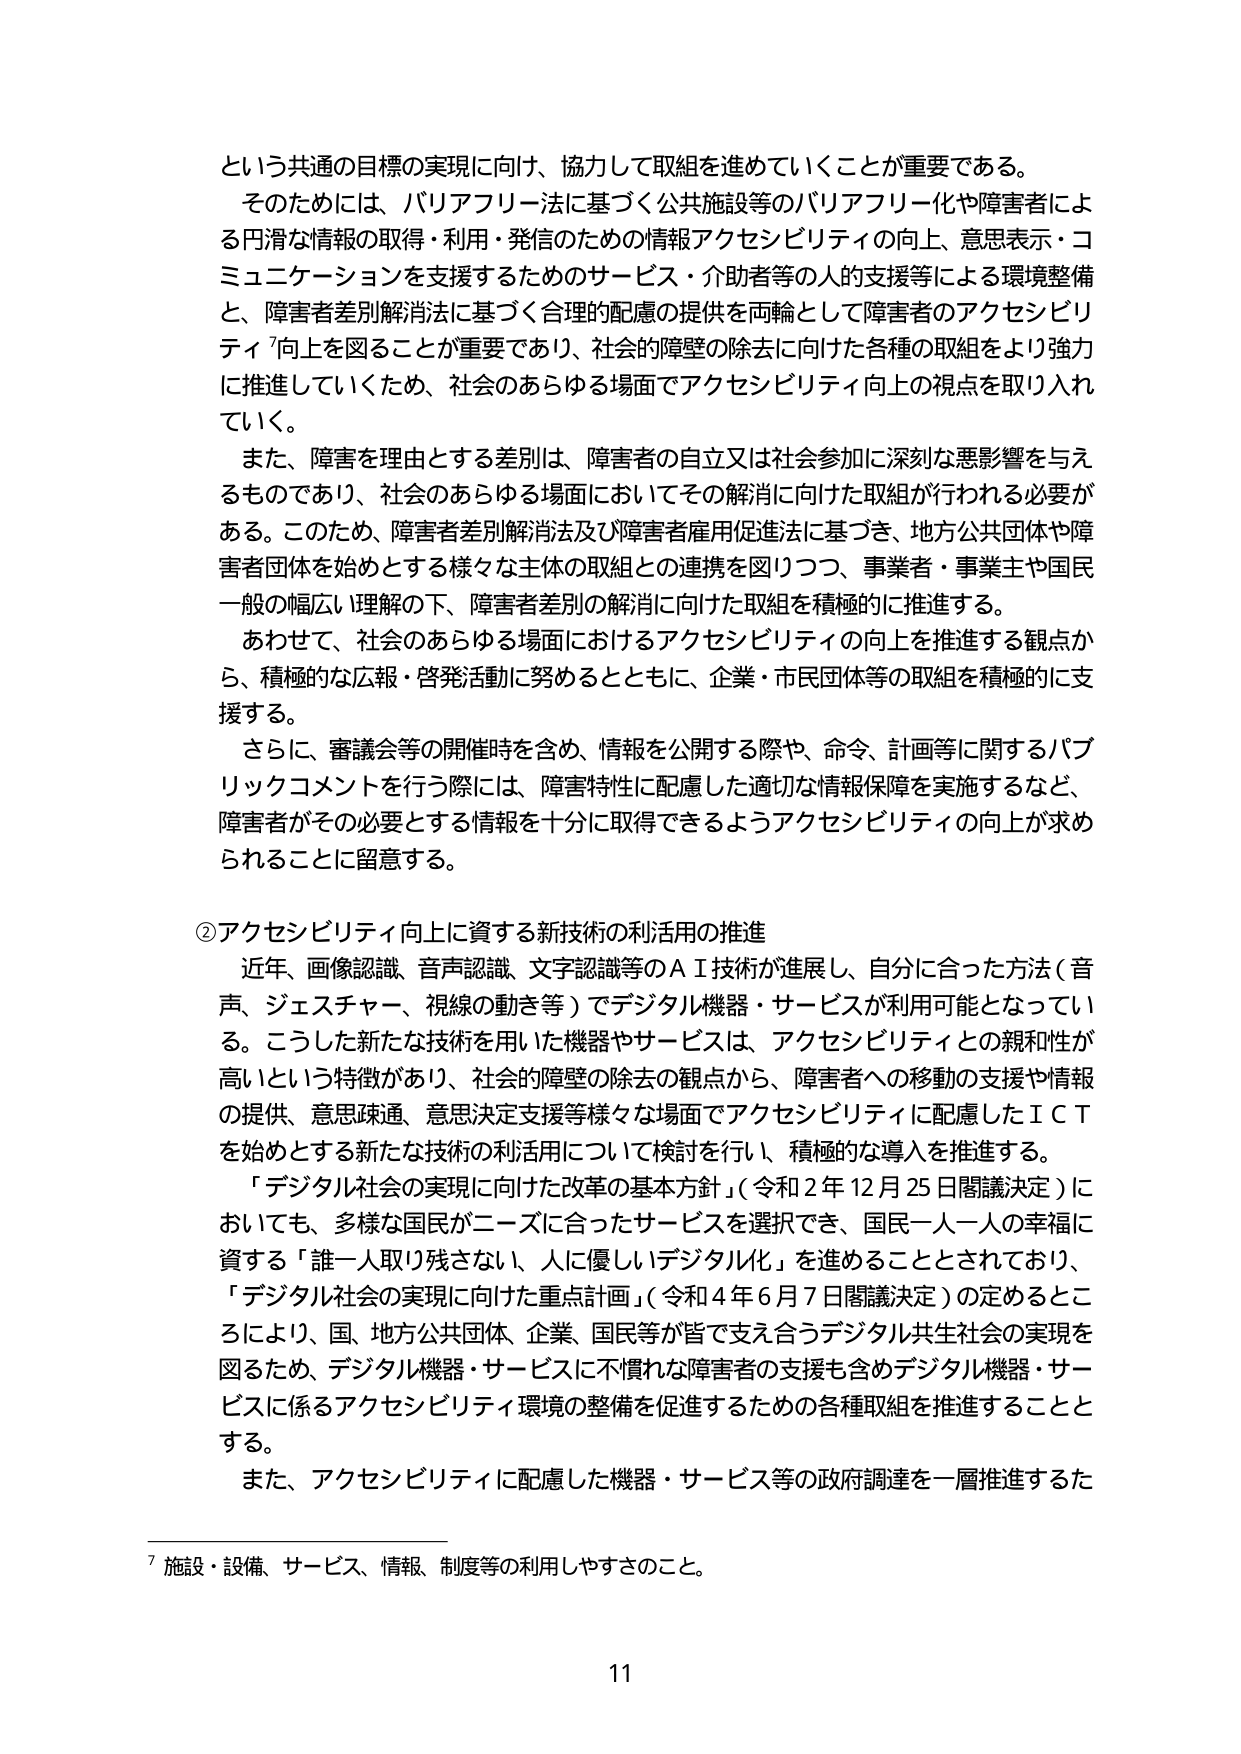
という共通の目標の実現に向け、協力して取組を進めていくことが重要である。
そのためには、バリアフリー法に基づく公共施設等のバリアフリー化や障害者による円滑な情報の取得・利用・発信のための情報アクセシビリティの向上、意思表示・コミュニケーションを支援するためのサービス・介助者等の人的支援等による環境整備と、障害者差別解消法に基づく合理的配慮の提供を両輪として障害者のアクセシビリティ向上を図ることが重要であり、社会的障壁の除去に向けた各種の取組をより強力に推進していくため、社会のあらゆる場面でアクセシビリティ向上の視点を取り入れていく。
また、障害を理由とする差別は、障害者の自立又は社会参加に深刻な悪影響を与えるものであり、社会のあらゆる場面においてその解消に向けた取組が行われる必要がある。このため、障害者差別解消法及び障害者雇用促進法に基づき、地方公共団体や障害者団体を始めとする様々な主体の取組との連携を図りつつ、事業者・事業主や国民一般の幅広い理解の下、障害者差別の解消に向けた取組を積極的に推進する。
あわせて、社会のあらゆる場面におけるアクセシビリティの向上を推進する観点から、積極的な広報・啓発活動に努めるとともに、企業・市民団体等の取組を積極的に支援する。
さらに、審議会等の開催時を含め、情報を公開する際や、命令、計画等に関するパブリックコメントを行う際には、障害特性に配慮した適切な情報保障を実施するなど、障害者がその必要とする情報を十分に取得できるようアクセシビリティの向上が求められることに留意する。

②アクセシビリティ向上に資する新技術の利活用の推進
近年、画像認識、音声認識、文字認識等のＡＩ技術が進展し、自分に合った方法（音声、ジェスチャー、視線の動き等）でデジタル機器・サービスが利用可能となっている。こうした新たな技術を用いた機器やサービスは、アクセシビリティとの親和性が高いという特徴があり、社会的障壁の除去の観点から、障害者への移動の支援や情報の提供、意思疎通、意思決定支援等様々な場面でアクセシビリティに配慮したＩＣＴを始めとする新たな技術の利活用について検討を行い、積極的な導入を推進する。
「デジタル社会の実現に向けた改革の基本方針」（令和２年12月25日閣議決定）においても、多様な国民がニーズに合ったサービスを選択でき、国民一人一人の幸福に資する「誰一人取り残さない、人に優しいデジタル化」を進めることとされており、「デジタル社会の実現に向けた重点計画」（令和４年6月7日閣議決定）の定めるところにより、国、地方公共団体、企業、国民等が皆で支え合うデジタル共生社会の実現を図るため、デジタル機器・サービスに不慣れな障害者の支援も含めデジタル機器・サービスに係るアクセシビリティ環境の整備を促進するための各種取組を推進することとする。
また、アクセシビリティに配慮した機器・サービス等の政府調達を一層推進するた

７ 施設・設備、サービス、情報、制度等の利用しやすさのこと。

11